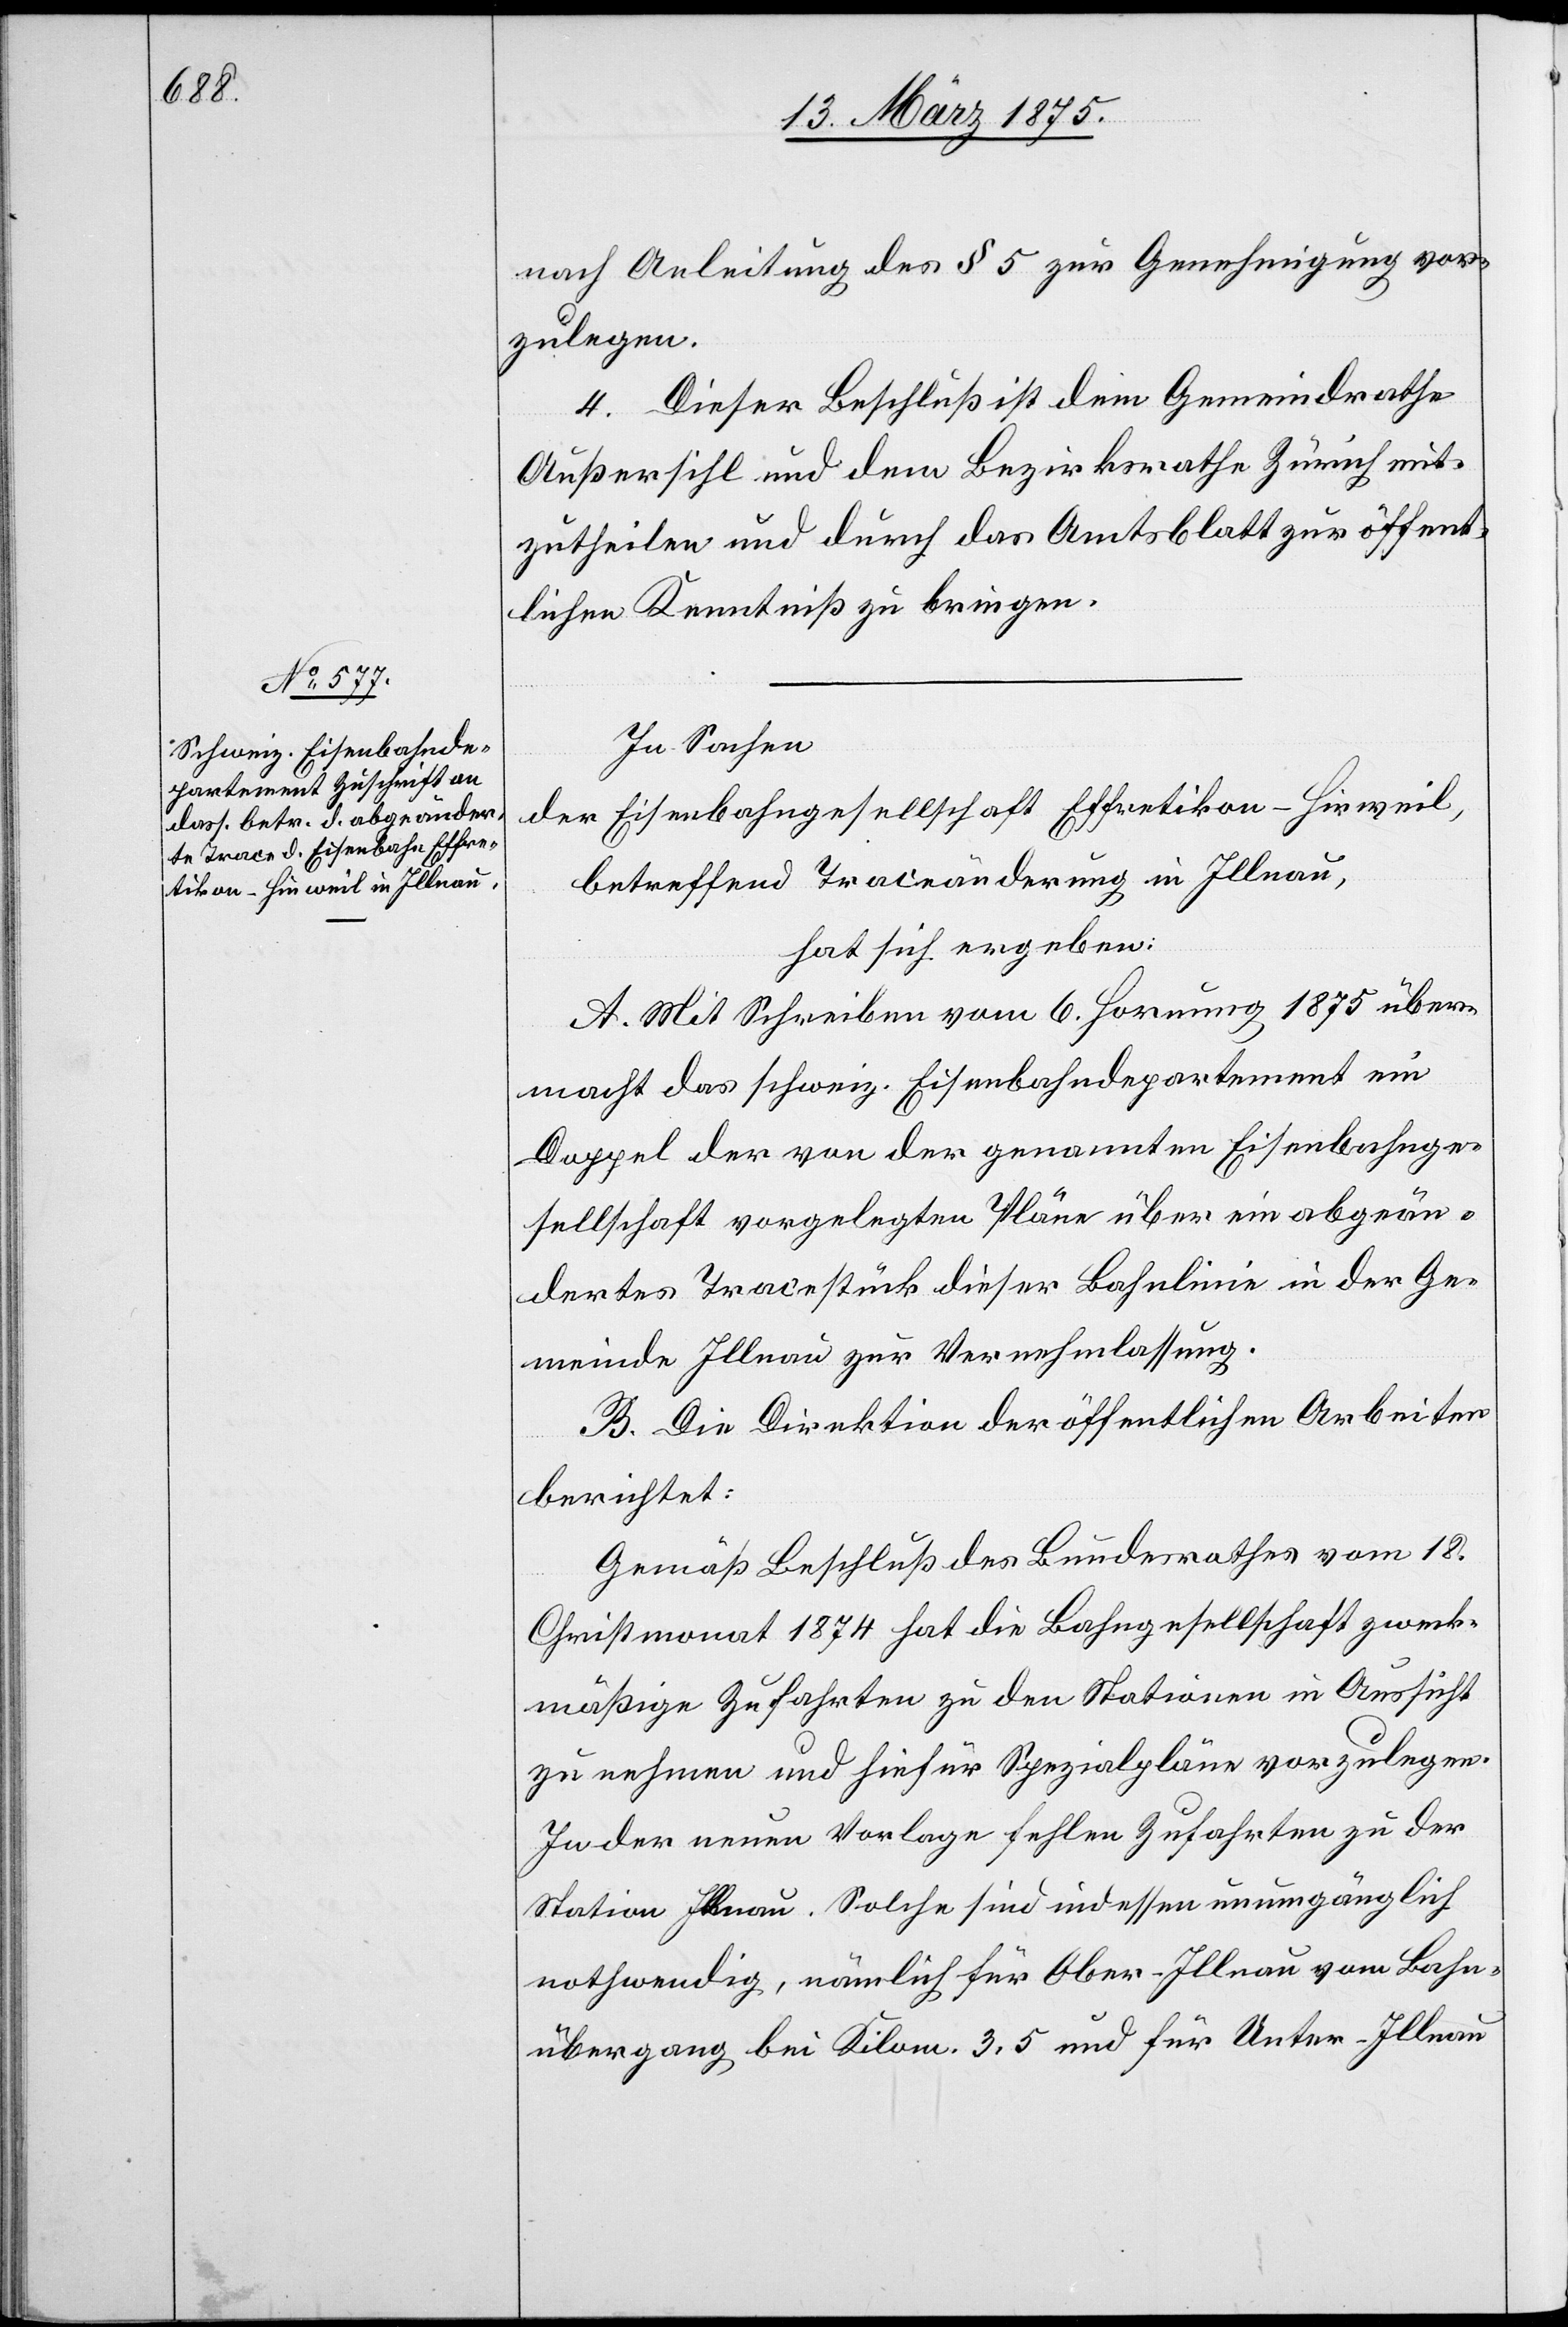
nach Anleitung des § 5 zur Genehmigung vor¬
zulegen.
4. Dieser Beschluss ist dem Gemeindrathe
Außersihl und dem Bezirksrathe Zürich mit¬
zutheilen und durch das Amtsblatt zur öffent¬
lichen Kenntniß zu bringen.
In Sachen
der Eisenbahngesellschaft Effretikon–Hinweil,
betreffend Traceänderung in Illnau,
hat sich ergeben:
A. Mit Schreiben vom 6. Hornung 1875 über¬
macht das schweiz. Eisenbahndepartement ein
Doppel der von der genannten Eisenbahnge¬
sellschaft vorgelegten Pläne über ein abgeän¬
dertes Tracestück dieser Bahnlinie in der Ge¬
meinde Illnau zur Vernehmlassung.
B. Die Direktion der öffentlichen Arbeiten
berichtet:
Gemäß Beschluß des Bundesrathes vom 18.
Christmonat 1874 hat die Bahngesellschaft zweck¬
mäßige Zufahrten zu den Stationen in Aussicht
zu nehmen und hiefür Spezialpläne vorzulegen.
In der neuen Vorlage fehlen Zufahrten zu der
Station Illnau. Solche sind indessen unumgänglich
nothwendig, nämlich für Ober-Illnau vom Bahn¬
übergang bei Kilom. 3,5 und für Unter-Illnau